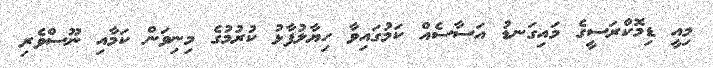
މިއީ ޑިމޮކްރަސީގެ މައިގަނޑު އަސާސެއް ކަމުގައިވާ ހިޔާލުފާޅު ކުރުމުގެ މިނިވަން ކަމާއި ނޫސްވެރި